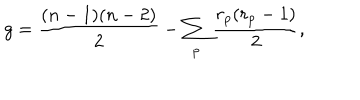
g = \frac { ( n - 1 ) ( n - 2 ) } { 2 } - \sum _ { p } \frac { r _ { p } ( r _ { p } - 1 ) } { 2 } ,